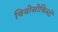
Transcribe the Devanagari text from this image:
थियोसोफिस्टों